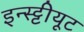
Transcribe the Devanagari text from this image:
इन्स्ट्टीयूट